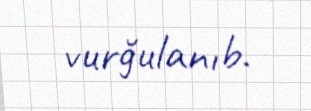
vurğulanıb.